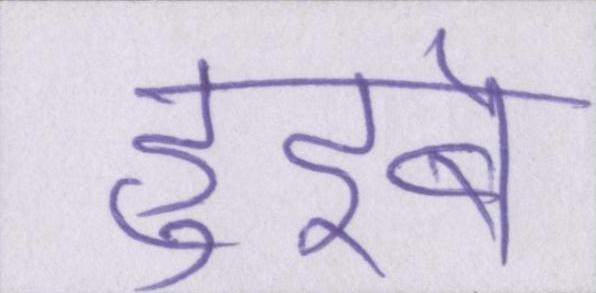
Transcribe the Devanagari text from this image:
हुइबे